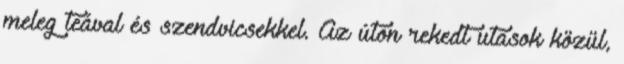
meleg teával és szendvicsekkel. Az úton rekedt utasok közül,